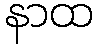
နာထ